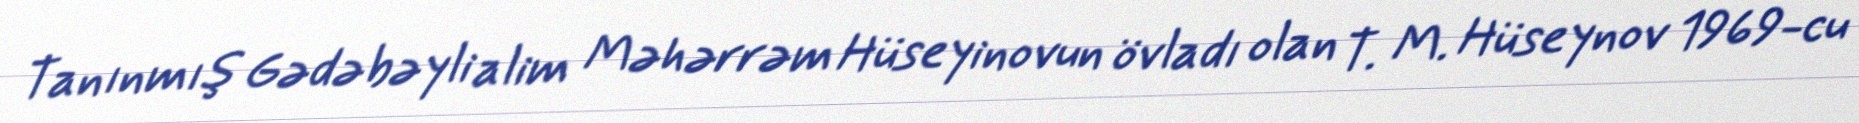
Tanınmış Gədəbəyli alim Məhərrəm Hüseyinovun övladı olan T. M. Hüseynov 1969-cu